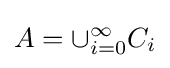
A=\cup _{i=0}^{\infty }C_{i}